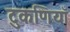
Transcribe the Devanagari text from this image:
टुकणियाँ